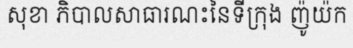
សុខា ភិបាលសាធារណះនៃទីក្រុង ញ៉ូយ៉ក